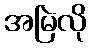
အမြဲလို